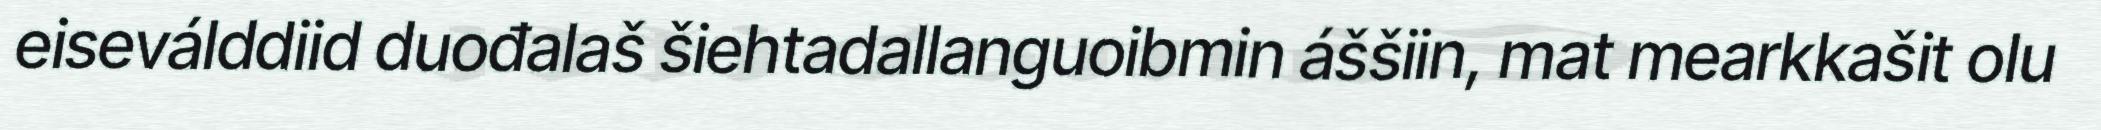
eiseválddiid duođalaš šiehtadallanguoibmin áššiin, mat mearkkašit olu